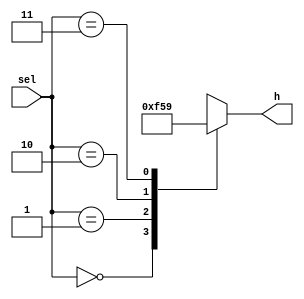
// WARNING: Do NOT edit the input and output ports in this file in a text
// editor if you plan to continue editing the block that represents it in
// the Block Editor! File corruption is VERY likely to occur.

// Copyright (C) 1991-2005 Altera Corporation
// Your use of Altera Corporation's design tools, logic functions
// and other software and tools, and its AMPP partner logic
// functions, and any output files any of the foregoing
// (including device programming or simulation files), and any
// associated documentation or information are expressly subject
// to the terms and conditions of the Altera Program License
// Subscription Agreement, Altera MegaCore Function License
// Agreement, or other applicable license agreement, including,
// without limitation, that your use is for the sole purpose of
// programming logic devices manufactured by Altera and sold by
// Altera or its authorized distributors.  Please refer to the
// applicable agreement for further details.


// Generated by Quartus II Version 5.1 (Build 170 10/3/2005)
// Created on Wed Oct 05 09:31:28 2005

//  Module Declaration
module hvalues
    (
        // {{ALTERA_ARGS_BEGIN}} DO NOT REMOVE THIS LINE!
        sel, h
        // {{ALTERA_ARGS_END}} DO NOT REMOVE THIS LINE!
    );
    // Port Declaration

    // {{ALTERA_IO_BEGIN}} DO NOT REMOVE THIS LINE!
    input [1:0] sel;
    output [2:0] h;
    // {{ALTERA_IO_END}} DO NOT REMOVE THIS LINE!

    reg [2:0]h;

    always @(sel)
    case (sel)
        2'b 00 :
            h = 3'b 111;
        2'b 01 :
            h = 3'b 101;
        2'b 10 :
            h = 3'b 011;
        2'b 11 :
            h = 3'b 001;
    endcase



endmodule